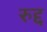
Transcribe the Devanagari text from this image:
रुद्द